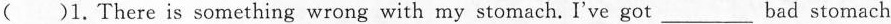
( )1.There is something wrong with my stomach. I've got____bad stomach